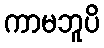
ကာမဘူပိ